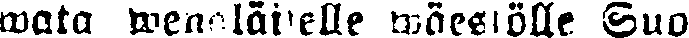
wata wenäläiselle wäestölle Suo